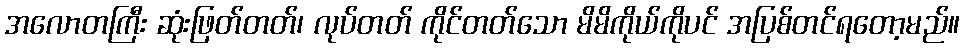
အလောတကြီး ဆုံးဖြတ်တတ်၊ လုပ်တတ် ကိုင်တတ်သော မိမိကိုယ်ကိုပင် အပြစ်တင်ရတော့မည်။